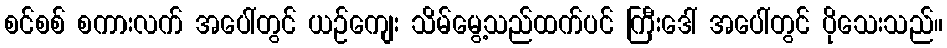
စင်စစ် စကားလက် အပေါ်တွင် ယဉ်ကျေး သိမ်မွေ့သည်ထက်ပင် ကြီးဒေါ် အပေါ်တွင် ပိုသေးသည်။